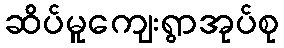
ဆိပ်မူကျေးရွာအုပ်စု